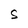
Character: S